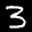
Label: 3